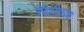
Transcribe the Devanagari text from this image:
त्रैमासिकाचा